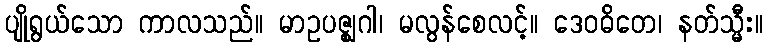
ပျိုရွယ်သော ကာလသည်။ မာဥပဇ္ဈဂါ၊ မလွန်စေလင့်။ ဒေဝဓိတေ၊ နတ်သ္မီး။